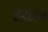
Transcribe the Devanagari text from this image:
टेईटान